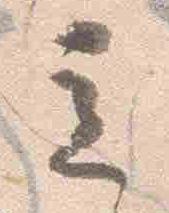
立